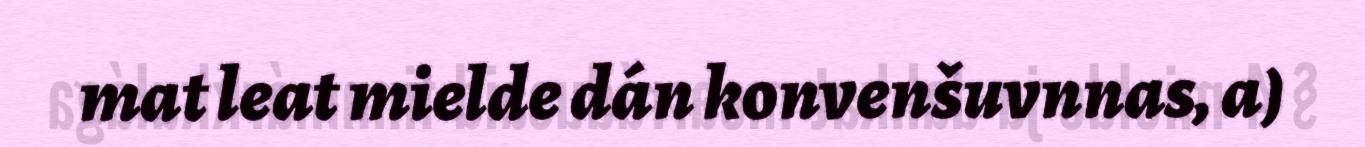
mat leat mielde dán konvenšuvnnas, a)